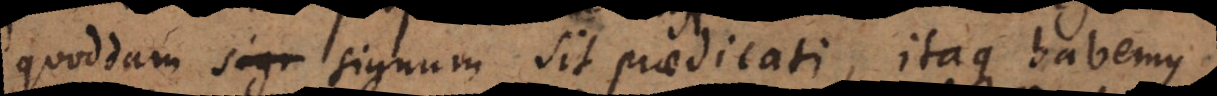
quoddam signum sit praedicati, itaque habemus